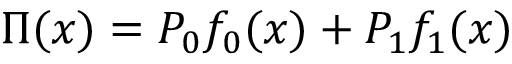
\Pi ( x ) = P _ { 0 } f _ { 0 } ( x ) + P _ { 1 } f _ { 1 } ( x )